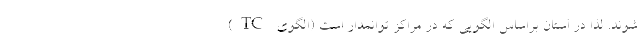
شوند. لذا در استان براساس الگویی که در مراکز توانمدار است (الگوی TC)